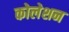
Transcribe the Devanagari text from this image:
कोलेशन